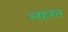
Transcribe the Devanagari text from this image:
लहरत